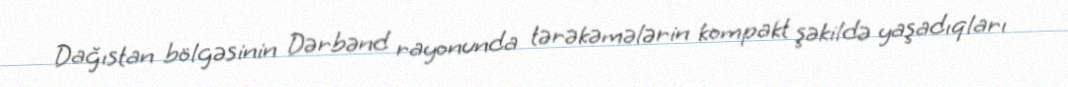
Dağıstan bölgəsinin Dərbənd rayonunda tərəkəmələrin kompakt şəkildə yaşadıqları